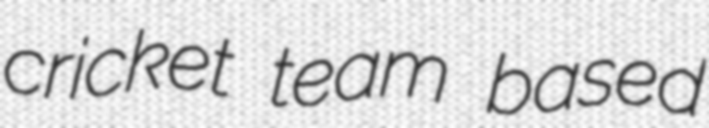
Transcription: cricket team based